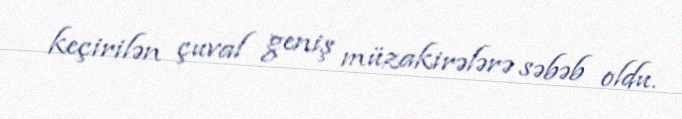
keçirilən çuval geniş müzakirələrə səbəb oldu.